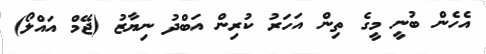
އެހެން ބުނީ މީގެ ތިން އަހަރު ކުރިން އަބްދު ނިޔާޒު (ޖޭމް އައްލޯ)